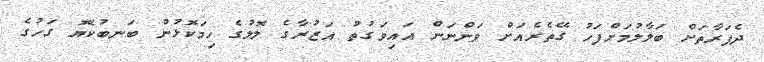
ދެފަރާތަށް ބަލާލުމަށްފަހު ގޭތެރެއަށް ވަންނަން އައިވަގުތު އަޒުރާގެ ލޮލުގެ ހިމަކޮޅުން ބަނބުކެޔޮ ގަހުގެ